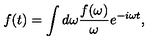
f ( t ) = \int { d \omega { \frac { f ( \omega ) } { \omega } } e ^ { - i \omega t } } ,